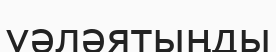
уәләятыңды